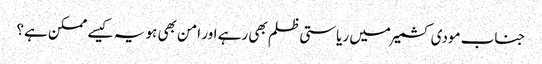
جناب مودی کشمیر میں ریاستی ظلم بھی رہے اور امن بھی ہو یہ کیسے ممکن ہے؟